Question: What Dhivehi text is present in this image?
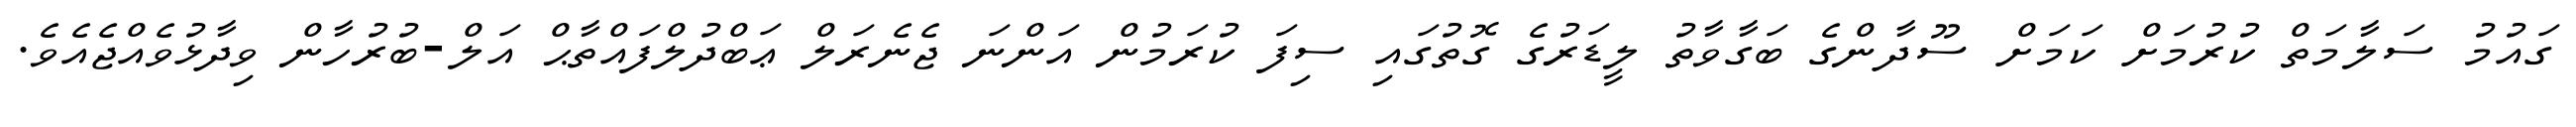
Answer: ގައުމު ސަލާމަތް ކުރުމަށް ކަމަށް ސޫދާންގެ ބަގާވާތު ލީޑަރުގެ ގޮތުގައި ސިފަ ކުރަމުން އަންނަ ޖެނެރަލް ޢަބްދުލްފައްތާޙް އަލް-ބުރުހާން ވިދާޅުވެއްޖެއެވެ.